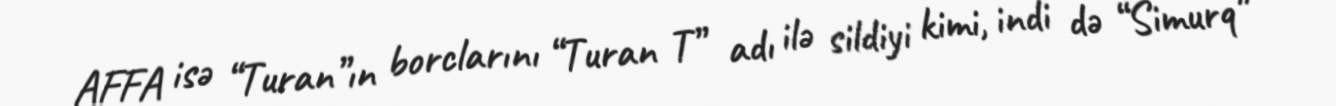
AFFA isə “Turan”ın borclarını “Turan T” adı ilə sildiyi kimi, indi də “Simurq”